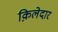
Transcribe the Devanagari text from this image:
क़िलेदार